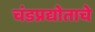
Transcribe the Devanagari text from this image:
चंडप्रद्योताचे